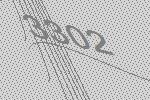
3302